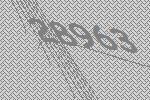
28963